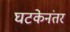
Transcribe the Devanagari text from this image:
घटकेनंतर